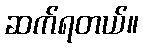
ဆက်ရတယ်။